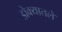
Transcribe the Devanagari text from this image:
डोक्यातले